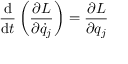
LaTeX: { \frac { \mathrm { d } } { \mathrm { d } t } } \left( { \frac { \partial L } { \partial { \dot { q } } _ { j } } } \right) = { \frac { \partial L } { \partial q _ { j } } }